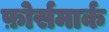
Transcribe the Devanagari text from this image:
फ़ोर्समार्क